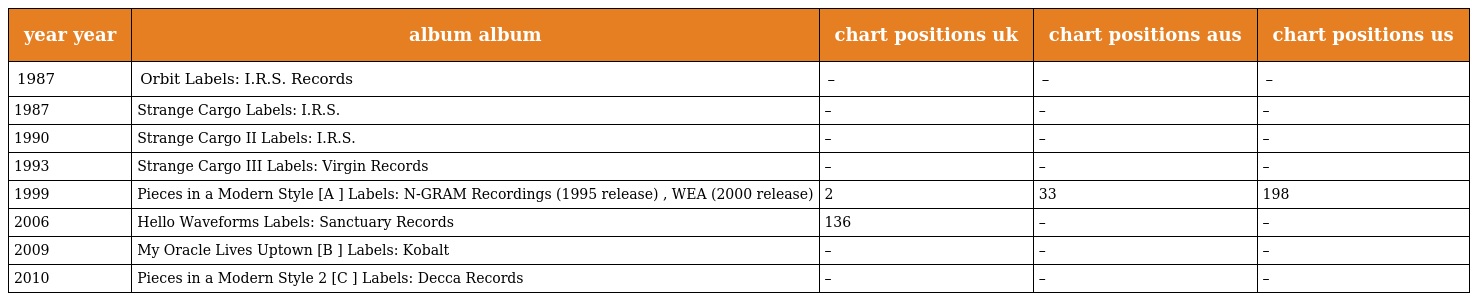
| year year | album album | chart positions uk | chart positions aus | chart positions us |
 | --- | --- | --- | --- | --- |
 | 1987 | Orbit Labels: I.R.S. Records | – | – | – |
 | 1987 | Strange Cargo Labels: I.R.S. | – | – | – |
 | 1990 | Strange Cargo II Labels: I.R.S. | – | – | – |
 | 1993 | Strange Cargo III Labels: Virgin Records | – | – | – |
 | 1999 | Pieces in a Modern Style [A ] Labels: N-GRAM Recordings (1995 release) , WEA (2000 release) | 2 | 33 | 198 |
 | 2006 | Hello Waveforms Labels: Sanctuary Records | 136 | – | – |
 | 2009 | My Oracle Lives Uptown [B ] Labels: Kobalt | – | – | – |
 | 2010 | Pieces in a Modern Style 2 [C ] Labels: Decca Records | – | – | – |